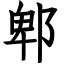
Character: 郫